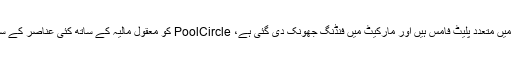
آج جب کہ اس شعبے میں متعدد پلیٹ فامس ہیں اور مارکیٹ میں فنڈنگ جھونک دی گئی ہے، PoolCircle کو معقول مالیہ کے ساتھ کئی عناصر کے ساتھ مسابقت کرنا ہوگا۔